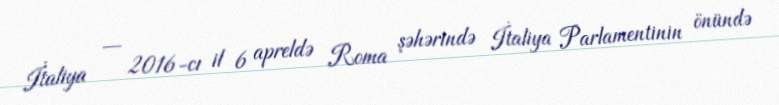
İtaliya — 2016-cı il 6 apreldə Roma şəhərində İtaliya Parlamentinin önündə